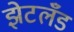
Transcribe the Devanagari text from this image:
झेटलँड